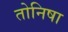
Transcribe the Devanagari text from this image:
तोनिषा